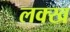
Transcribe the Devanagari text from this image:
लक्ख